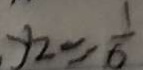
y _ { 2 } = \frac { 1 } { 6 }